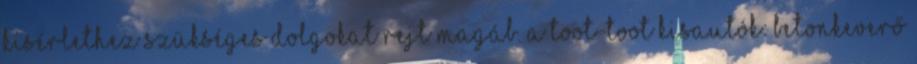
kísérlethez szükséges dolgokat rejt magáb. A Toot-Toot Kisautók: Betonkeverő